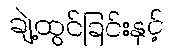
ချဲ့ထွင်ခြင်းနှင့်